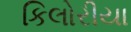
કિલોરીયા